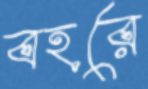
বহরে